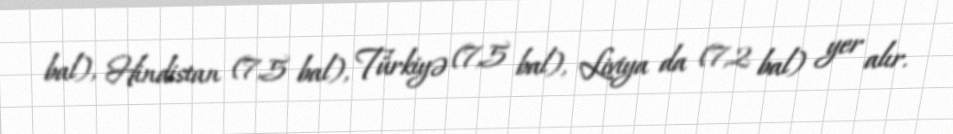
bal), Hindistan (7,5 bal), Türkiyə (7,5 bal), Liviya da (7,2 bal) yer alır.